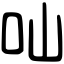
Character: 𠮿